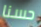
حسنا